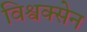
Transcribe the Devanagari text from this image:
विश्वक्सेन